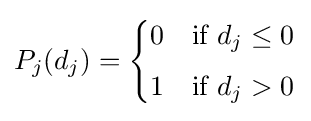
P_{j}(d_{j})={\begin{cases}0&{\text{if }}d_{j}\leq 0\\[4pt]1&{\text{if }}d_{j}>0\end{cases}}